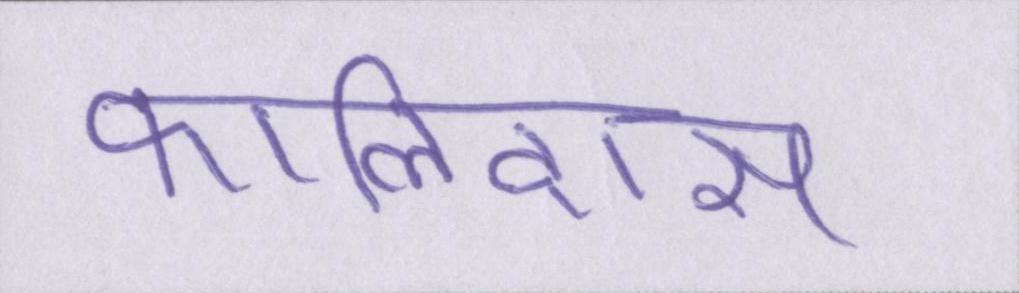
कालिदास